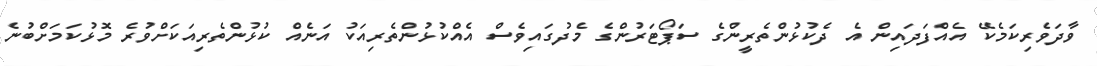
ވާދަވެރިކަމެކޭ އެއްފަދައިން އެ ދެކުޅުންތެރީންގެ ސަޕޯޓަރުންގެ މެދުގައިވެސް އެއްކުޅުންތެރިއަކު އަނެއް ކުޅުންތެރިއަކަށްވުރެ މޮޅުކަމަށްބުނެ